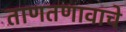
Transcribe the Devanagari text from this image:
ताणतणावाचे